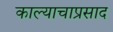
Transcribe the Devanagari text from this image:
काल्याचाप्रसाद